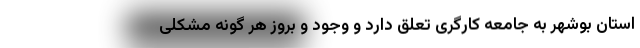
استان بوشهر به جامعه کارگری تعلق دارد و وجود و بروز هر گونه مشکلی